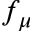
f _ { \mu }